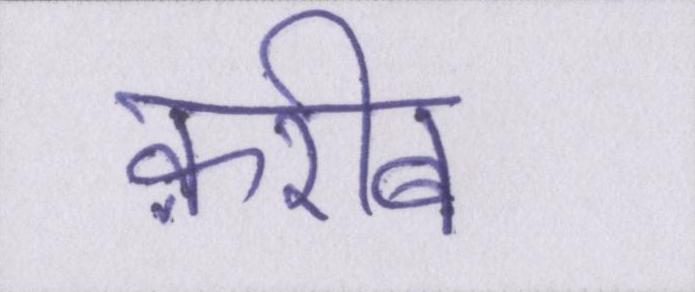
क़रीब